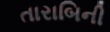
તારાબિની